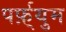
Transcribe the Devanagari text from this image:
पर्फ़्युम